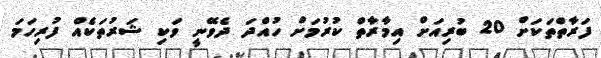
ފަރާތްތަކަށް 20 ބުރިއަށް އިމާރާތް ކުރުމަށް ހުއްދަ ދެވޭނީ ވަކި ޝަރުުތަކެއް ފުރިހަމަ